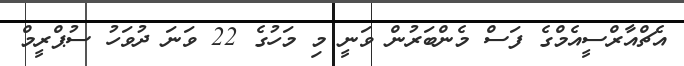
އެޗްއާރްސީއެމްގެ ފަސް މެންބަރުން ވަނީ މި މަހުގެ 22 ވަނަ ދުވަހު ސުޕްރީމް